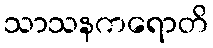
သာသနကရောတိ